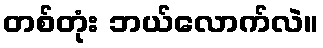
တစ်တုံး ဘယ်လောက်လဲ။